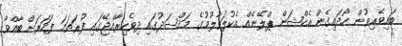
ބައިވެރިވުން ހޯދައިގެން އެކްޝަން ޕްލޭނެއް އެކުލަވާލުމުގެ މަޤްޞަދުގައި ދިވެހިރާއްޖޭގައި ފުރަތަމަ ފަހަރަށް ބާއްވާ